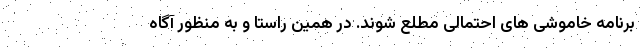
برنامه خاموشی های احتمالی مطلع شوند. در همین راستا و به منظور آگاه